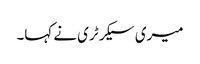
میری سیکرٹری نے کہا۔